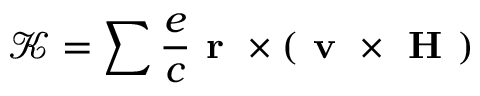
\mathcal { K } = \sum \frac { e } { c } \textbf { r } \times ( \textbf { v } \times \textbf { H } )